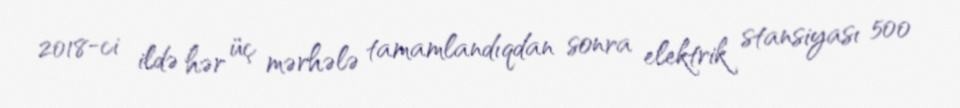
2018-ci ildə hər üç mərhələ tamamlandıqdan sonra elektrik stansiyası 500